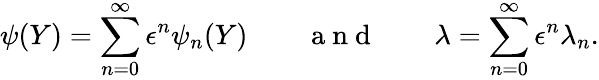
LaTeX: \psi(Y)=\sum_{n=0}^{\infty}\epsilon^{n}\psi_{n}(Y)\qquad\mathrm{~a~n~d~}\qquad\lambda=\sum_{n=0}^{\infty}\epsilon^{n}\lambda_{n}.